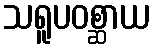
သရူပဝစ္ဆာယ